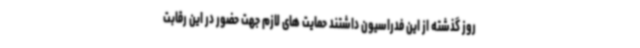
روز گذشته از این فدراسیون داشتند حمایت های لازم جهت حضور در این رقابت